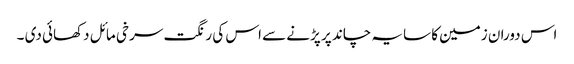
اس دوران زمین کا سایہ چاند پر پڑنے سے اس کی رنگت سرخی مائل دکھائی دی ۔